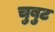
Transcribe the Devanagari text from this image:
चुबुट